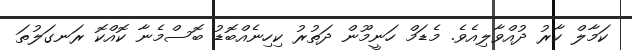
ކަމާލް ކާރު ދުއްވާލިއެވެ. މެޑަމް ހަނީމޫން ދަތުރު ކިހިނެއްބޮޑު ބޮސްމެނާ ކޮއްކޮ ރަނގަލުތަ